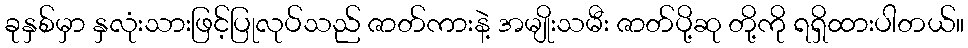
ခုနှစ်မှာ နှလုံးသားဖြင့်ပြုလုပ်သည် ဇာတ်ကားနဲ့ အမျိုးသမီး ဇာတ်ပို့ဆု တို့ကို ရရှိထားပါတယ်။